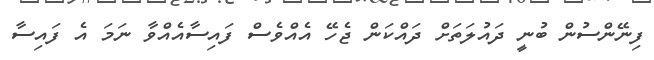
ފިނޭންސުން ބުނީ ދައުލަތަށް ދައްކަން ޖެހޭ އެއްވެސް ފައިސާއެއްވާ ނަމަ އެ ފައިސާ